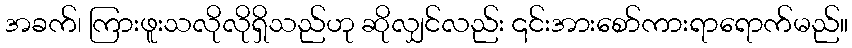
အခက်၊ ကြားဖူးသလိုလိုရှိသည်ဟု ဆိုလျှင်လည်း ၎င်းအားစော်ကားရာရောက်မည်။